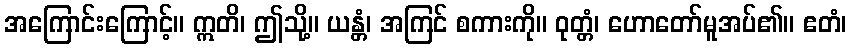
အကြောင်းကြောင့်။ ဣတိ၊ ဤသို့။ ယန္တံ၊ အကြင် စကားကို။ ဝုတ္တံ၊ ဟောတော်မူအပ်၏။ ဧတံ၊